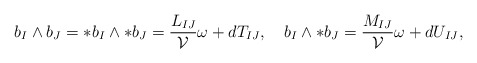
\begin{align*}b_I\wedge b_J=\ast b_I\wedge \ast b_J=\frac{L_{IJ}}{\cal V}\omega +dT_{IJ},\quad b_I\wedge \ast b_J=\frac{M_{IJ}}{\cal V}\omega +dU_{IJ},\end{align*}